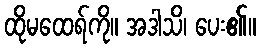
ထိုမထေရ်ကို။ အဒါသိ၊ ပေး၏။